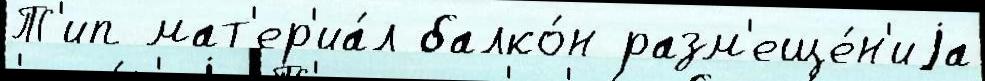
Т'ип мат'ер'иа́л балко́н разм'еще́н'иjа